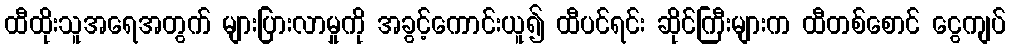
ထီထိုးသူအရေအတွက် များပြားလာမှုကို အခွင့်ကောင်းယူ၍ ထီပင်ရင်း ဆိုင်ကြီးများက ထီတစ်စောင် ငွေကျပ်